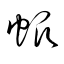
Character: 帆